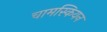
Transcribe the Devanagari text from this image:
चामस्कियन